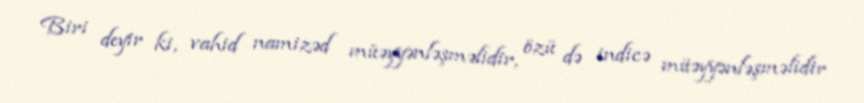
Biri deyir ki, vahid namizəd müəyyənləşməlidir, özü də indicə müəyyənləşməlidir